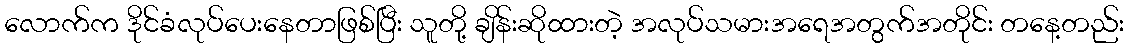
လောက်က ဒိုင်ခံလုပ်ပေးနေတာဖြစ်ပြီး သူတို့ ချိန်းဆိုထားတဲ့ အလုပ်သမားအရေအတွက်အတိုင်း တနေ့တည်း